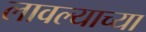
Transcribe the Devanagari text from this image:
लावल्याच्या